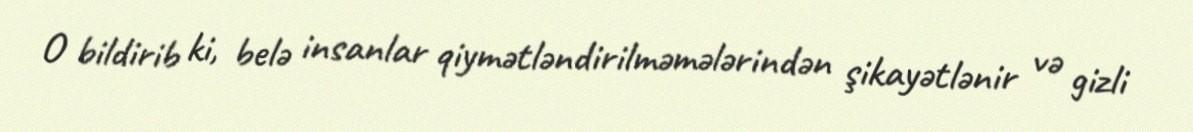
O bildirib ki, belə insanlar qiymətləndirilməmələrindən şikayətlənir və gizli